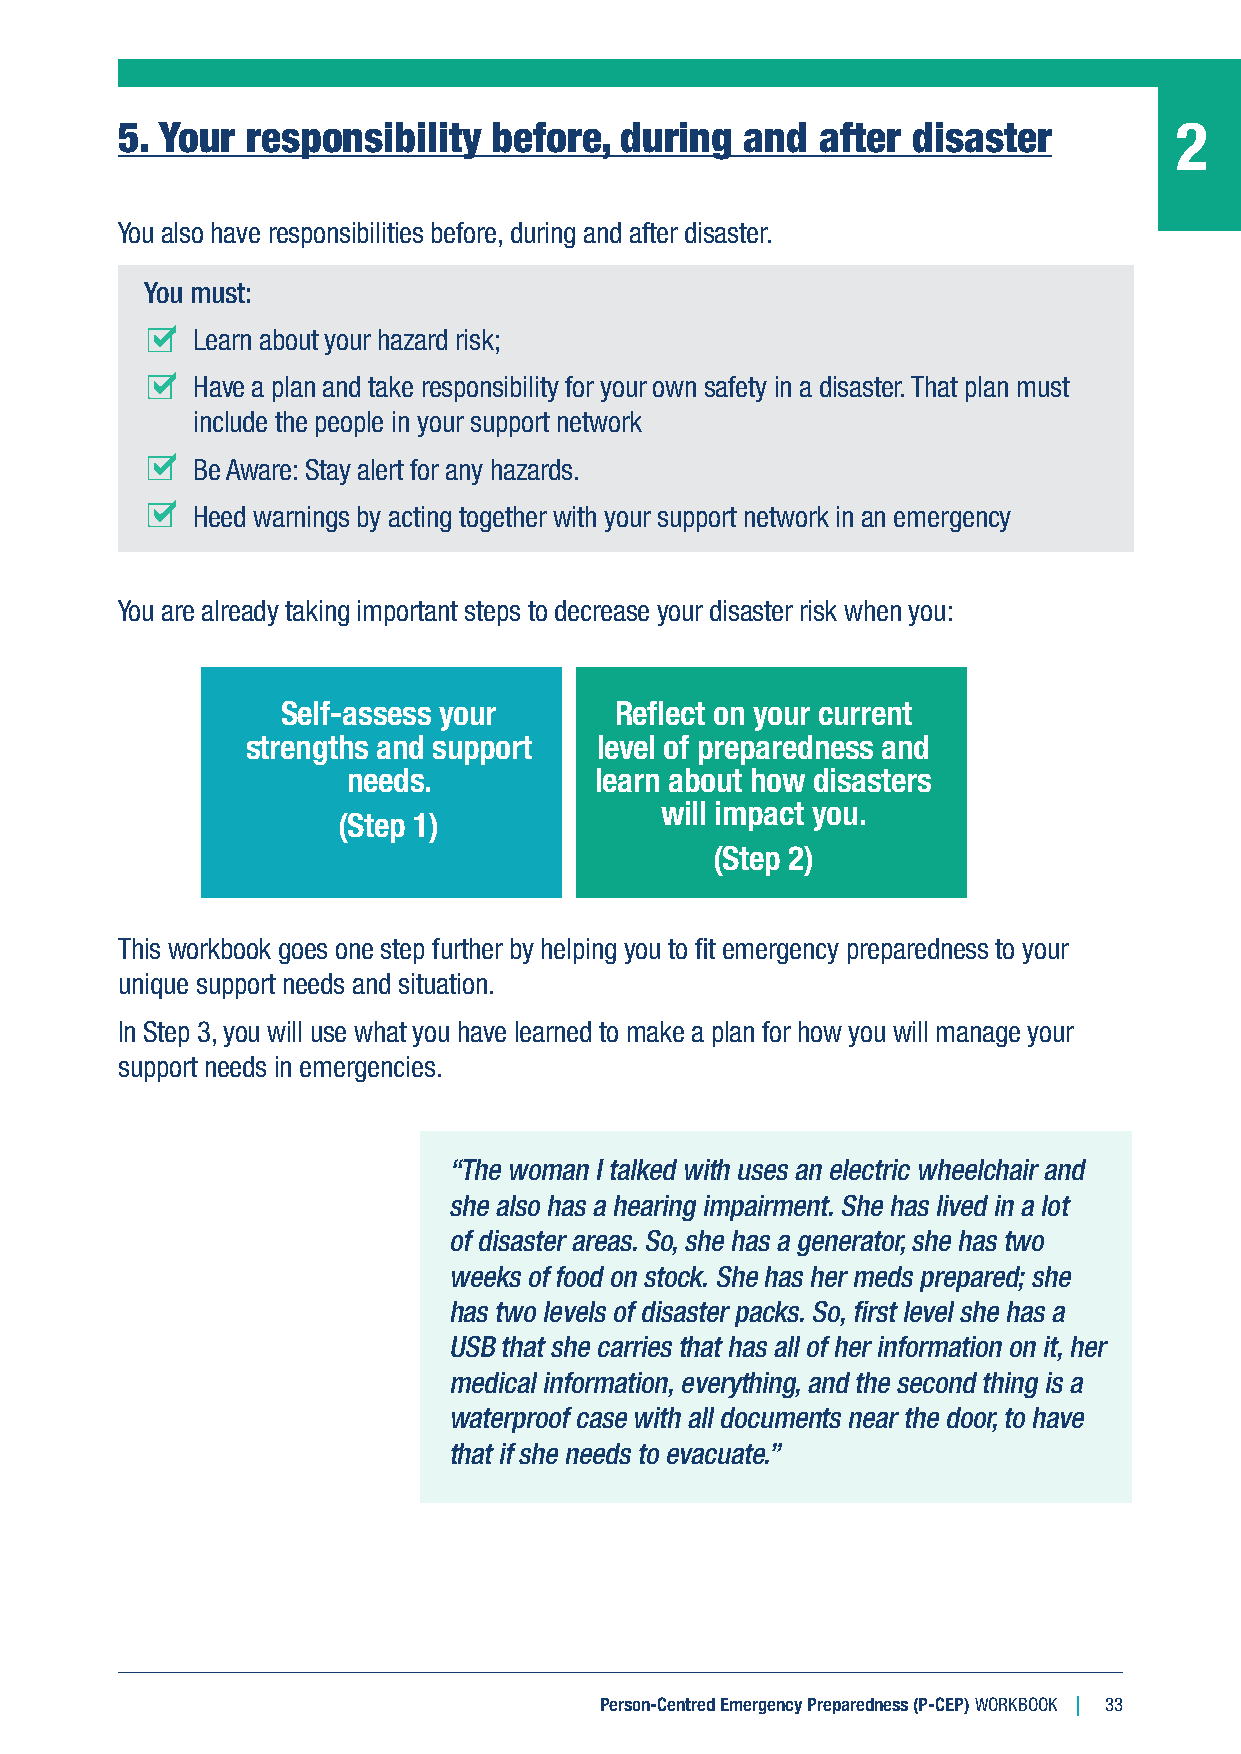
5. Your responsibility   before, during  and  after disaster          2
 You also have responsibilities before, during and after disaster.
 You must:
 Learn about your hazard risk;
 Have a plan and take responsibility for your own safety in a disaster. That plan must
 include the people in your support network
 Be Aware: Stay alert for any hazards.
 Heed warnings by acting together with your support network in an emergency
 You are already taking important steps to decrease your disaster risk when you:
 Self-assess your      Reflect on your current
 strengths and support  level of preparedness and
 needs.          learn about how disasters
 will impact you.
 (Step 1)
 (Step 2)
 This workbook goes one step further by helping you to fit emergency preparedness to your
 unique support needs and situation.
 In Step 3, you will use what you have learned to make a plan for how you will manage your
 support needs in emergencies.
 “The woman I talked with uses an electric wheelchair and
 she also has a hearing impairment. She has lived in a lot
 of disaster areas. So, she has a generator, she has two
 weeks of food on stock. She has her meds prepared; she
 has two levels of disaster packs. So, first level she has a
 USB that she carries that has all of her information on it, her
 medical information, everything, and the second thing is a
 waterproof case with all documents near the door, to have
 that if she needs to evacuate.”
 Person-Centred Emergency Preparedness (P-CEP) WORKBOOK 33